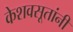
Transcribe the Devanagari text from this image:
केशवसूतांनी